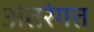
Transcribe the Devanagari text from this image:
अंतरंगत